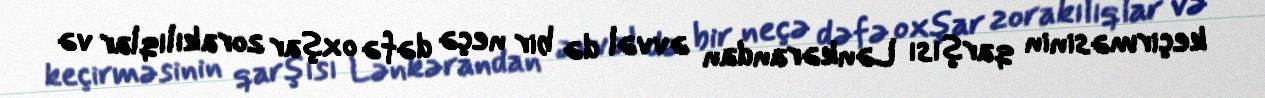
keçirməsinin qarşısı Lənkərandan əvvəl də bir neçə dəfə oxşar zorakılıqlar və